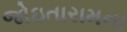
જોઇતારામના